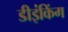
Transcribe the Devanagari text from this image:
डीइंकिंग